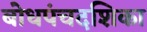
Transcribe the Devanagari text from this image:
बोधपंचदशिका